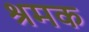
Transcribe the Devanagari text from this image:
श्रमक